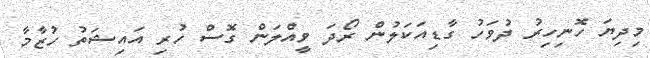
މިދިޔަ ހޮނިހިރު ދުވަހު ގާޑިއަކަލުން ރޯދަ ވީއްލަން ގޮސް ހުރި އައިޝަތު ހުޒާމާ